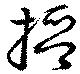
搢